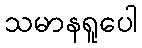
သမာနရူပေါ